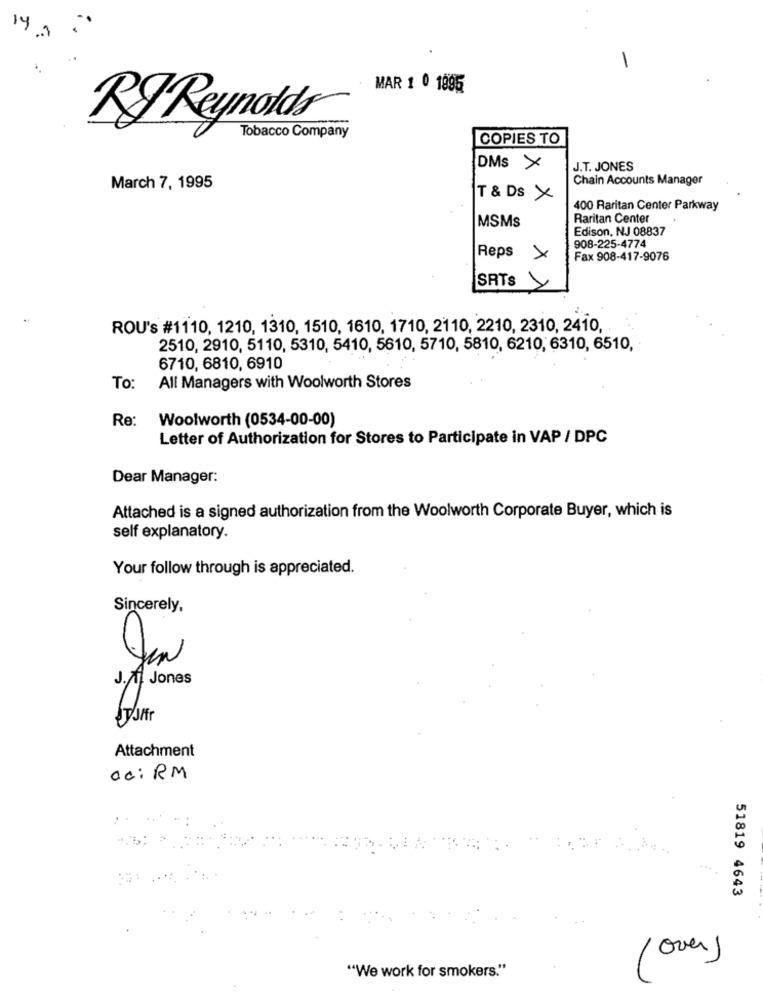
14
-
MAR 1 0 1895
RJ Reynolds
Tobacco Company
COPIES TO
DMS X
J.T. JONES
Chain Accounts Manager
March 7, 1995
T & Ds X
400 Raritan Center Parkway
MSMs
Raritan Center
Edison, NJ 08837
908-225-4774
Reps X
Fax 908-417-9076
SRTs
ROU's #1110, 1210, 1310, 1510, 1610, 1710, 2110, 2210, 2310, 2410,
2510, 2910, 5110, 5310, 5410, 5610, 5710, 5810, 6210, 6310, 6510,
6710, 6810, 6910
To:
All Managers with Woolworth Stores
Re:
Woolworth (0534-00-00)
Letter of Authorization for Stores to Participate in VAP / DPC
Dear Manager:
Attached is a signed authorization from the Woolworth Corporate Buyer, which is
self explanatory.
Your follow through is appreciated.
Sincerely,
0
J.J. Jones
Attachment
ac: RM
51819 4643
over)
"We work for smokers."